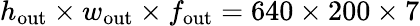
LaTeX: h_{\mathrm{out}}\times w_{\mathrm{out}}\times f_{\mathrm{out}}=640\times 200\times 7